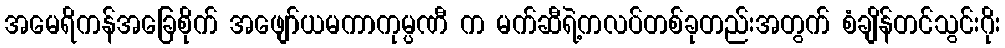
အမေရိကန်အခြေစိုက် အဖျော်ယမကာကုမ္ပဏီ က မက်ဆီရဲ့ကလပ်တစ်ခုတည်းအတွက် စံချိန်တင်သွင်းဂိုး